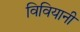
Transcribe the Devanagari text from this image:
विवियानी